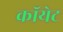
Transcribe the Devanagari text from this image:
कॉयेट